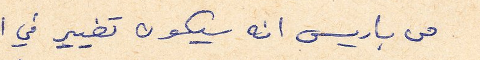
من باريس انه سيكون تغيير في